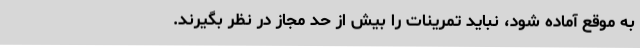
به موقع آماده شود، نباید تمرینات را بیش از حد مجاز در نظر بگیرند.